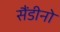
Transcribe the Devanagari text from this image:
सैंडीनो